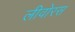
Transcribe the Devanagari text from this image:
लीवोरस